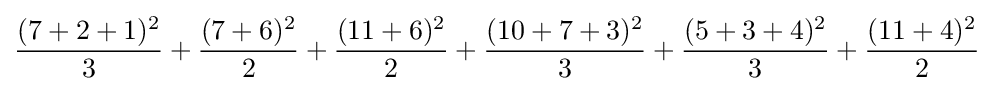
{\frac {(7+2+1)^{2}}{3}}+{\frac {(7+6)^{2}}{2}}+{\frac {(11+6)^{2}}{2}}+{\frac {(10+7+3)^{2}}{3}}+{\frac {(5+3+4)^{2}}{3}}+{\frac {(11+4)^{2}}{2}}